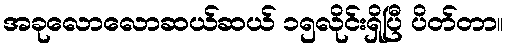
အခုလောလောဆယ်ဆယ် ၁၅လိုင်းရှိပြီ ပိတ်တာ။